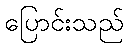
ပြောင်းသည်